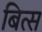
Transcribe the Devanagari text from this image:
बित्स